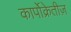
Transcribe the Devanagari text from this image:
कार्पोक्रेतीज़